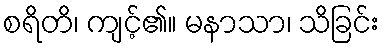
စရိတိ၊ ကျင့်၏။ မနာသာ၊ သိခြင်း